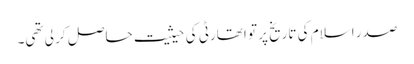
صدر اسلام کی تاریخ پر تو اتھارٹی کی حیثیت حاصل کر لی تھی۔